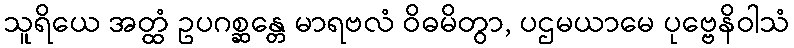
သူရိယေ အတ္ထံ ဥပဂစ္ဆန္တေ မာရဗလံ ဝိဓမိတွာ, ပဌမယာမေ ပုဗ္ဗေနိဝါသံ